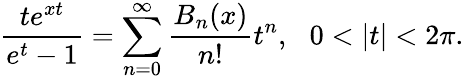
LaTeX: \frac{te^{xt}}{e^{t}-1}=\sum_{n=0}^{\infty}\frac{B_{n}(x)}{n!}t^{n},\, \, \, \, 0<|t|<2\pi.